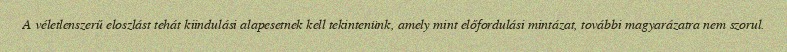
A véletlenszerű eloszlást tehát kiindulási alapesetnek kell tekintenünk, amely mint előfordulási mintázat, további magyarázatra nem szorul.